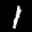
Label: 1